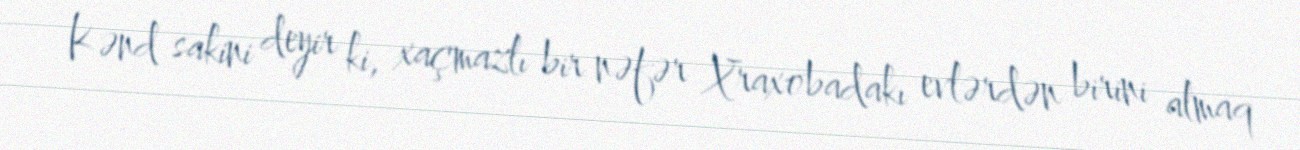
Kənd sakini deyir ki, xaçmazlı bir nəfər Xraxobadakı evlərdən birini almaq